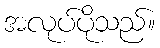
အလုပ်ပိုသည်။